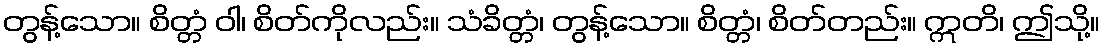
တွန့်သော။ စိတ္တံ ဝါ၊ စိတ်ကိုလည်း။ သံခိတ္တံ၊ တွန့်သော။ စိတ္တံ၊ စိတ်တည်း။ ဣတိ၊ ဤသို့။